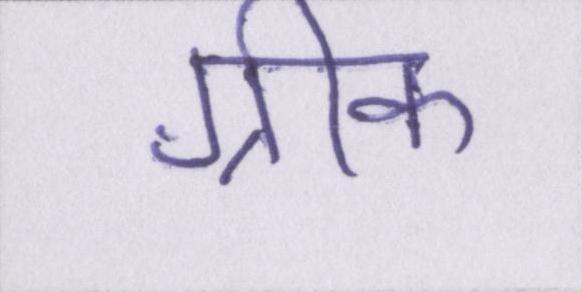
ग्रीक